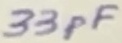
Text: 33pF